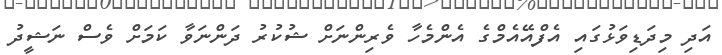
އަދި މިދަޑިވަޅުގައި އެފްއޭއެމްގެ އެންމެހާ ވެރިންނަށް ޝުކުރު ދަންނަވާ ކަމަށް ވެސް ނަޝީދު